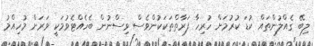
ލިބޭ ގެއްލުންތައް ކުޑަ ކުރުމަށް ހުރިހާ ފަރާތްތަކަކުންވެސް ވިސްނުން ބެހެއްޓެވުމަކީ ވަރަށް މުހިއްމު